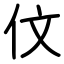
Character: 伩